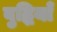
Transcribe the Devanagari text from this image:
बुद्धियाँ